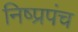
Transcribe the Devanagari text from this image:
निष्प्रपंच